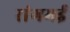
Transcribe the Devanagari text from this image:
रांगमई